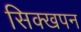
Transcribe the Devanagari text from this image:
सिक्खपन